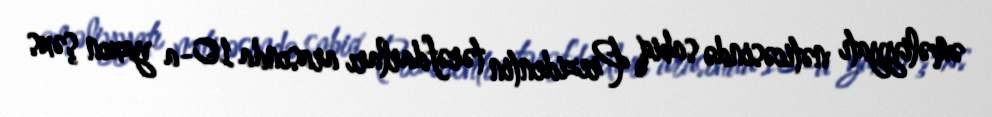
əməliyyatı nəticəsində sabiq Prezidentin tərəfdarları arasında 10-a yaxın şəxs